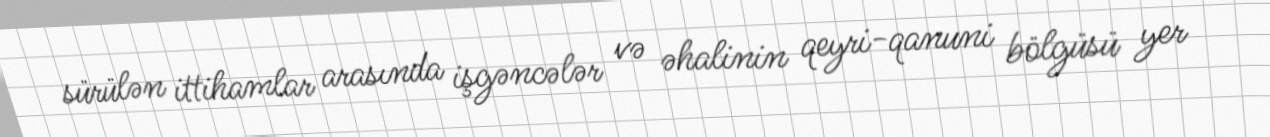
sürülən ittihamlar arasında işgəncələr və əhalinin qeyri-qanuni bölgüsü yer